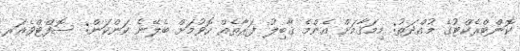
ކޮންޓްރެކްޓުގެ މުއްދަތު: މިމަޤާމަށް އެންމެ ޤާބިލު ފަރާތެއް ހޮވުމަށް ބެލޭނެ ކަންކަން: ސޮފްޓްވެއަރ